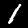
Label: 1